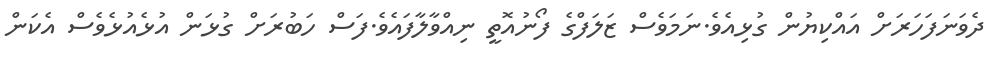
ދެވަނަފަހަރަށް އައްކިޔުން ގުޅިއެވެ.ނަމަވެސް ޒަލަފްގެ ފޯނުއޮތީ ނިއްވާލާފައެވެ.ފަސް ހަބުރަށް ގުޅަން އުޅެއުޅެވެސް އެކަން